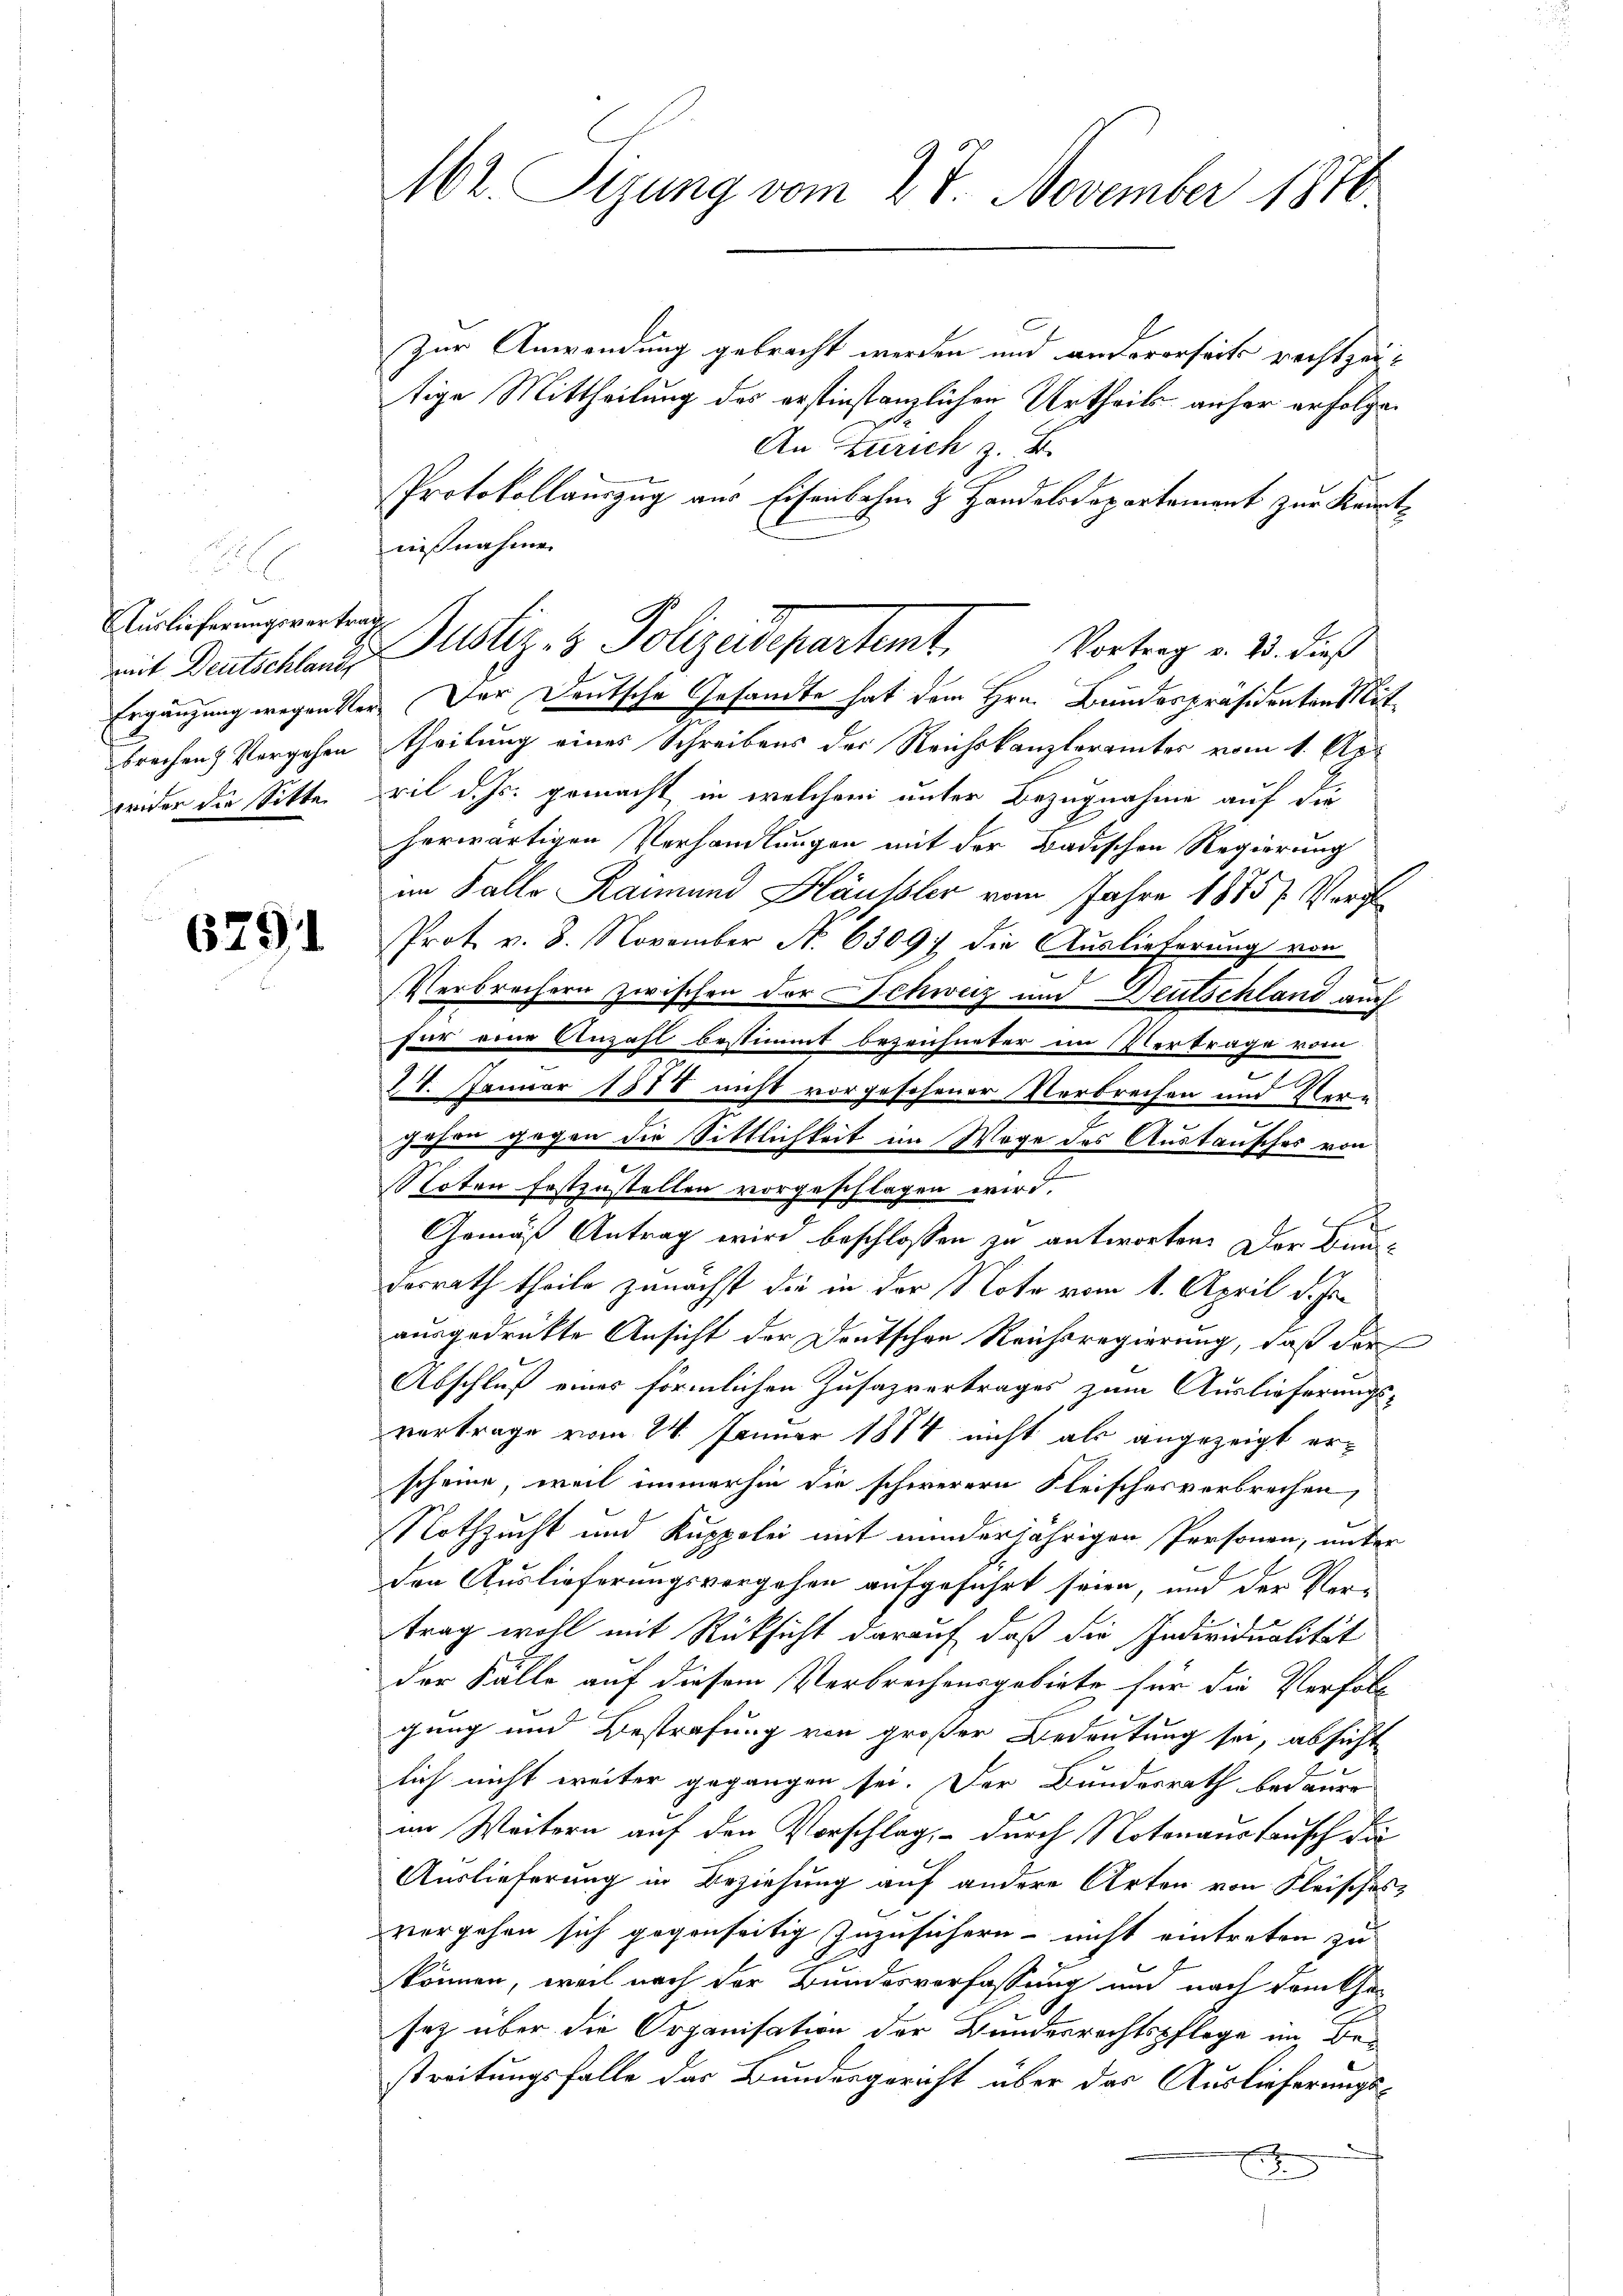
e
Auslieferungsvertrag
mit Deutschlande

679

162. Sizung vom 27. November 1810.

Zur Anwendung gebracht werden und andererseits rechtzeitige Mittheilung des erstinstanzlichen Urtheils anher erfolgen
An Zürich z. B.
Protokollauszug aus Eisenbahne & Handelsdepartement zur Kenntnißnahmen
Ergänzung wegen Ver- Der Deutsche Gesandte hat dem Hrn. Bundespräsidenten Mitbrechen Vorgehen theilung eines Schreibens der Reichskanzleramtes vom 1. Apr
weider die Sitte ril d. Js. gemacht in welchem unter Bezugnahme auf die
herwärtigen Verhandlungen mit der Badischen Regierung
im Falle Raimund Häusler vom Jahre 1875. Vergl
Prot v. 8. November No. 6309 die Auslieferung von
(Verbrechern zwischen der Schweiz und Deutschland auch
für eine Anzahl bestimmt bezeichneter im Vertrage vom
e
28. Januar 1878 nicht vorgeschener Verbrechen und Vergehen gegen die Sittlichkeit im Wege des Austausches von
oten festzustellen vorgeschlagen wird.
Gemäß Antrag wird beschlossen zu antworten. Der Bundorrath theile zunächst die in der Note vom 1. April d. Js.
ausgedrükte Ansicht der Deutschen Reichsregierung, daß der
Abschluß eines förmlichen Zusazvertrages zum Auslieferungs-
vortrage vom 24. Januar 1884 nicht als angezeigt erscheine, weil immerhin die schwerere Fleisches verbrechen
Nothzucht und Kuppelei mit minderjährigen Personen, unter
den Auslieferungsvergehen aufgeführt seien, und der Vertrag wohl mit Rücksicht darauf, daß die Individualität
der Fälle auf diesem Verbrechensgebiete für die Verfolg
gung und Bestrafung von großer Bedeutung sei, absicht
lich nicht weiter gegangen sei. Der Bundesrath bedauer
im Weitern auf den Vorschlag, durch Notenaustausch die
Auslieferung in Beziehung auf andere Arten von Fleisches
vergehen sich gegenseitig zuzusichern - nicht eintreten zu
können, weil nach der Bundesverfassung und nach dem Cha-
sez über die Organisation der Bundesrechtspflege im Be-
streitungsfalle das Bundesgericht über das Auslieferungs¬
E

Justiz- & Polizeidepartemt. Vortrag v. M. dich